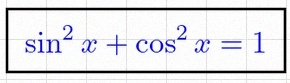
\sin^2x+\cos^2x=1